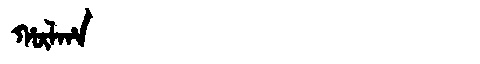
Manchu: ᡥᡡᠯᡥᠠ
Romanization: HŪLHA